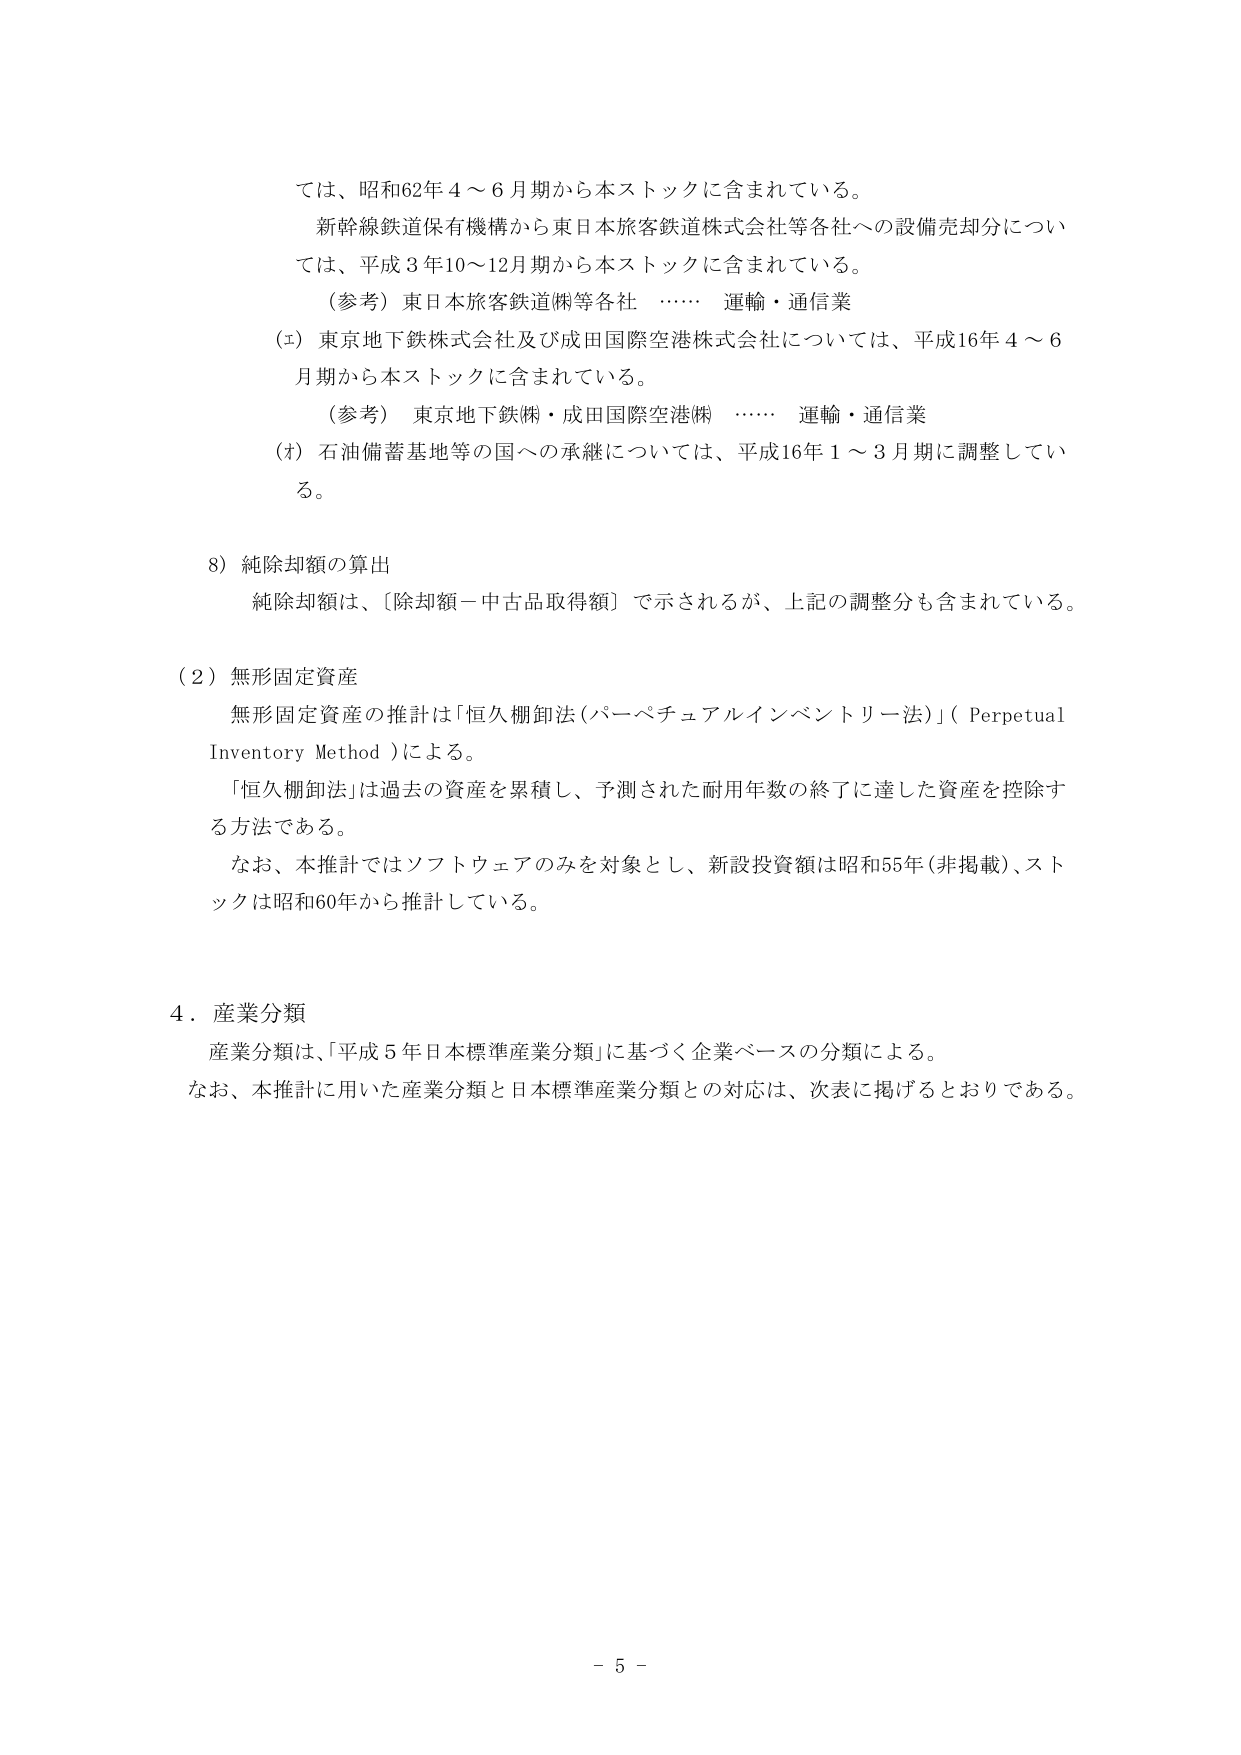
ては、昭和62年4～6月期から本ストックに含まれている。
新幹線鉄道保有機構から東日本旅客鉄道株式会社等各社への設備売却分については、平成3年10～12月期から本ストックに含まれている。
（参考）東日本旅客鉄道㈱等各社 …… 運輸・通信業
（エ）東京地下鉄株式会社及び成田国際空港株式会社については、平成16年4～6月期から本ストックに含まれている。
（参考）東京地下鉄㈱・成田国際空港㈱ …… 運輸・通信業
（オ）石油備蓄基地等の国への承継については、平成16年1～3月期に調整している。

8）純除却額の算出
純除却額は、［除却額－中古品取得額］で示されるが、上記の調整分も含まれている。

（2）無形固定資産
無形固定資産の推計は「恒久棚卸法（パーペチュアルインベントリ－法）」（Perpetual Inventory Method）による。
「恒久棚卸法」は過去の資産を累積し、予測された耐用年数の終了に達した資産を控除する方法である。
なお、本推計ではソフトウェアのみを対象とし、新設投資額は昭和55年（非掲載）、ストックは昭和60年から推計している。

4．産業分類
産業分類は、「平成5年日本標準産業分類」に基づく企業ベースの分類による。
なお、本推計に用いた産業分類と日本標準産業分類との対応は、次表に掲げるとおりである。

－ 5 －